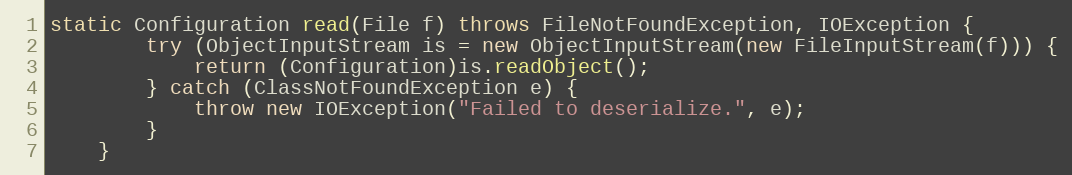
Language: Java
static Configuration read(File f) throws FileNotFoundException, IOException {
		try (ObjectInputStream is = new ObjectInputStream(new FileInputStream(f))) {
			return (Configuration)is.readObject();
		} catch (ClassNotFoundException e) {
			throw new IOException("Failed to deserialize.", e);
		}
	}